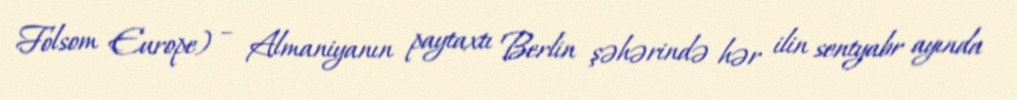
Folsom Europe) – Almaniyanın paytaxtı Berlin şəhərində hər ilin sentyabr ayında